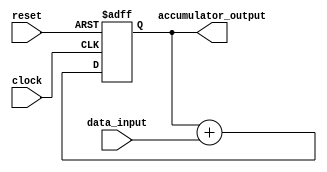
module parallel_accumulator(
    input clock,
    input reset,
    input [7:0] data_input,
    output reg [15:0] accumulator_output
);

reg [15:0] accumulator;
reg [15:0] accumulator_next;

always @(posedge clock or posedge reset) begin
    if (reset) begin
        accumulator <= 16'b0;
    end else begin
        accumulator <= accumulator_next;
    end
end

always @* begin
    accumulator_next = accumulator + data_input;
end

assign accumulator_output = accumulator;

endmodule